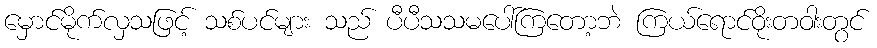
မှောင်မိုက်လှသဖြင့် သစ်ပင်များ သည် ပီပီသသမပေါ်ကြတော့ဘဲ ကြယ်ရောင်ဝိုးတဝါးတွင်